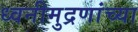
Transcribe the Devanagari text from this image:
ध्वनीमुद्रणांच्या